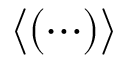
\langle ( \cdots ) \rangle